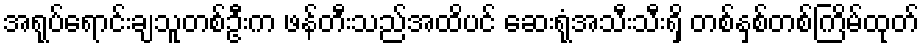
အရုပ်ရောင်းချသူတစ်ဦးက ဖန်တီးသည်အထိပင် ဆေးရုံအသီးသီးရှိ တစ်နှစ်တစ်ကြိမ်ထုတ်